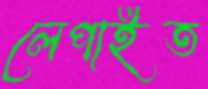
লেপাইত